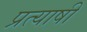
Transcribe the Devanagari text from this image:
प्रत्याषी